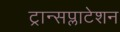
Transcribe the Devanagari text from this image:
ट्रान्सप्लाटेशन